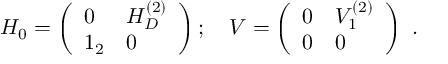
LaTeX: H _ { 0 } = \left( \begin{array} { l l } { { 0 } } & { { H _ { D } ^ { ( 2 ) } } } \\ { { 1 _ { 2 } } } & { { 0 } } \end{array} \right) ; \quad V = \left( \begin{array} { l l } { { 0 } } & { { V _ { 1 } ^ { ( 2 ) } } } \\ { { 0 } } & { { 0 } } \end{array} \right) \ .